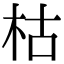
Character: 枯